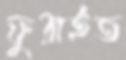
ফুরাইত